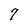
Character: 7